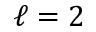
\ell = 2